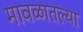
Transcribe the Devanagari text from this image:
मावळातल्या